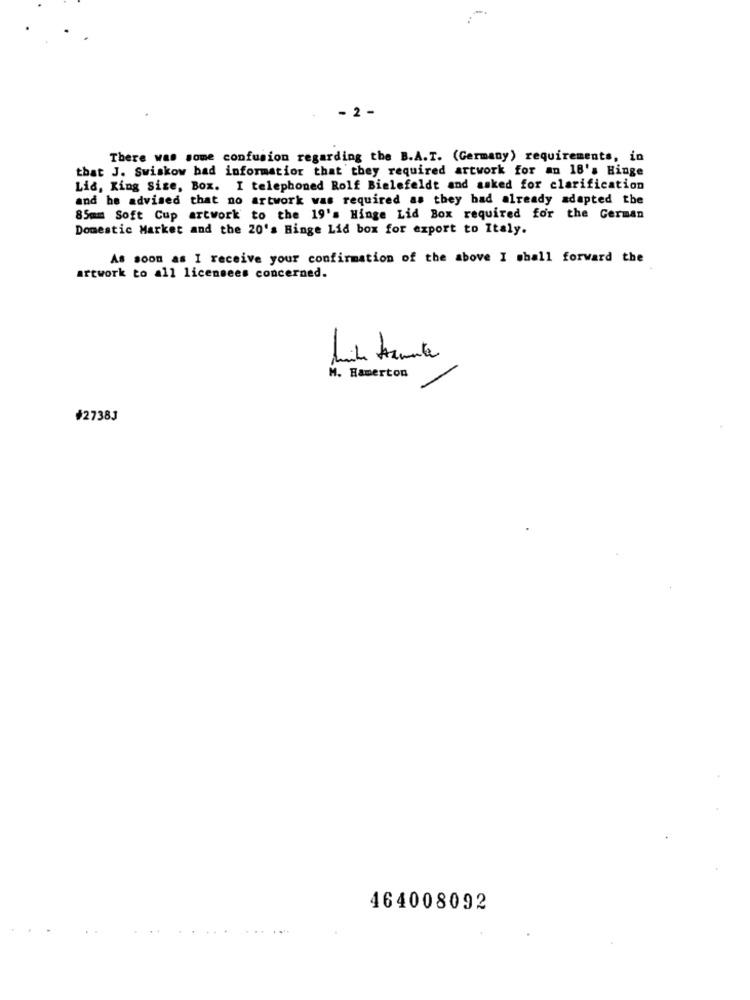
- 2 -
There was some confusion regarding the B.A.T. (Germany) requirements, in
that J. Swiskow bad informatior that they required artwork for an 18's Hinge
Lis, King Size, Box. I telephoned Rolf Bielefeldt and asked for clarification
and he advised that no artwork was required as they had already adapted the
85mm Soft Cup artwork to the 19's Hinge Lid Box required for the German
Domestic Market and the 20's Hinge Lid box for export to Italy.
As soon as I receive your confirmation of the above I shall forward the
artwork to all licensees concerned.
-
M. Hamerton
#27383
464008092